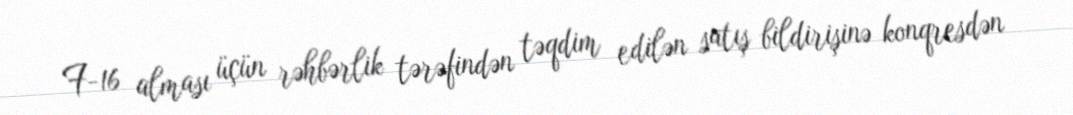
F-16 alması üçün rəhbərlik tərəfindən təqdim edilən satış bildirişinə konqresdən